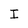
Character: I